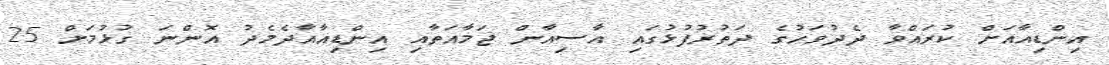
އިންޑިއާއަށް ކުރައްވާ ދެދުވަހުގެ ދަތުރުފުޅުގައި އާސިއާން ޖަމާއަތާއި އިންޑިއާއާދެމެދު އޮންނަ ގުޅުމަށް 25